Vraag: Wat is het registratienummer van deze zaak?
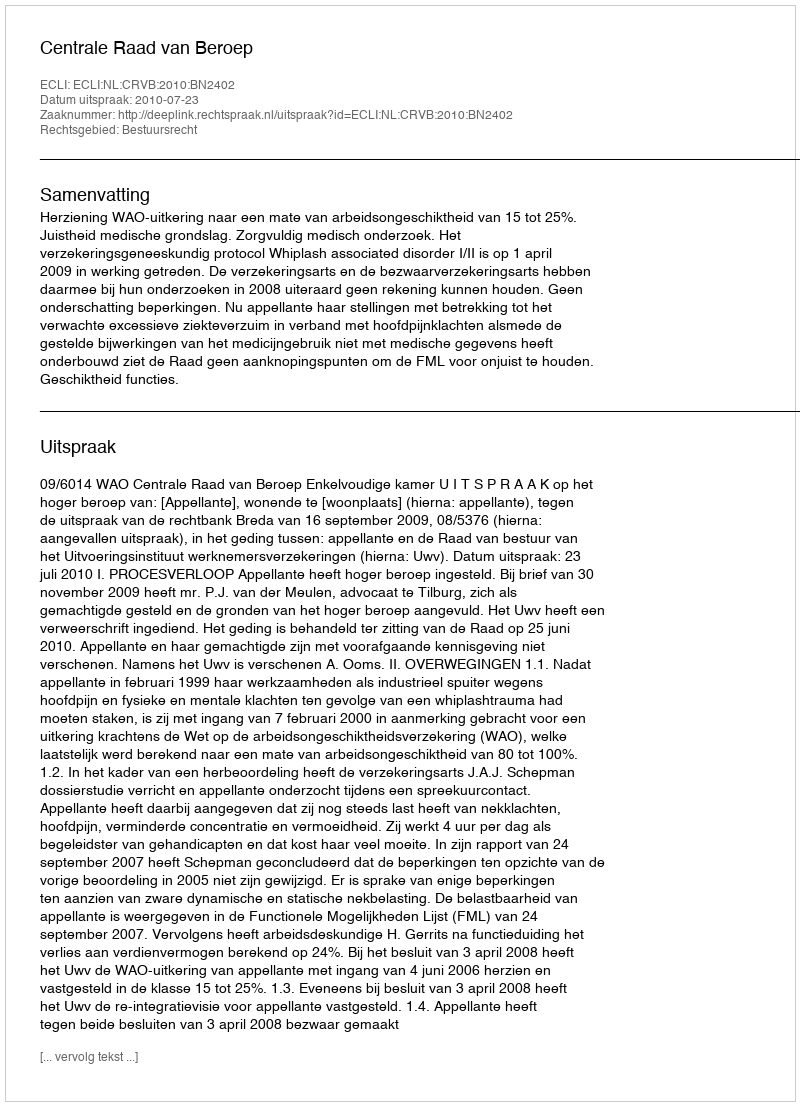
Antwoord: http://deeplink.rechtspraak.nl/uitspraak?id=ECLI:NL:CRVB:2010:BN2402